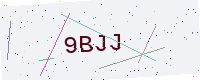
Text: 9BJJ